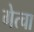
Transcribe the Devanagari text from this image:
गेत्चा